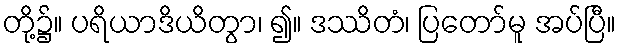
တို့၌။ ပရိယာဒိယိတွာ၊ ၍။ ဒဿိတံ၊ ပြတော်မူ အပ်ပြီ။